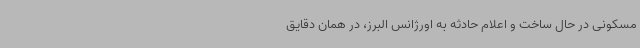
مسکونی در حال ساخت و اعلام حادثه به اورژانس البرز، در همان دقایق